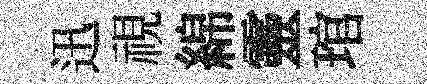
迅視綿靈琯